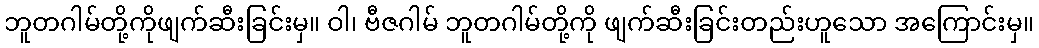
ဘူတဂါမ်တို့ကိုဖျက်ဆီးခြင်းမှ။ ဝါ၊ ဗီဇဂါမ် ဘူတဂါမ်တို့ကို ဖျက်ဆီးခြင်းတည်းဟူသော အကြောင်းမှ။